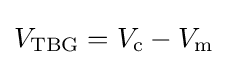
V_{\text{TBG}}=V_{\text{c}}-V_{\text{m}}